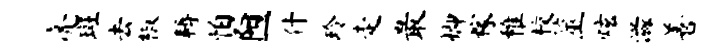
亮斑去椒耨怕阳一什玲走最卿稼稚校筮炫滋善